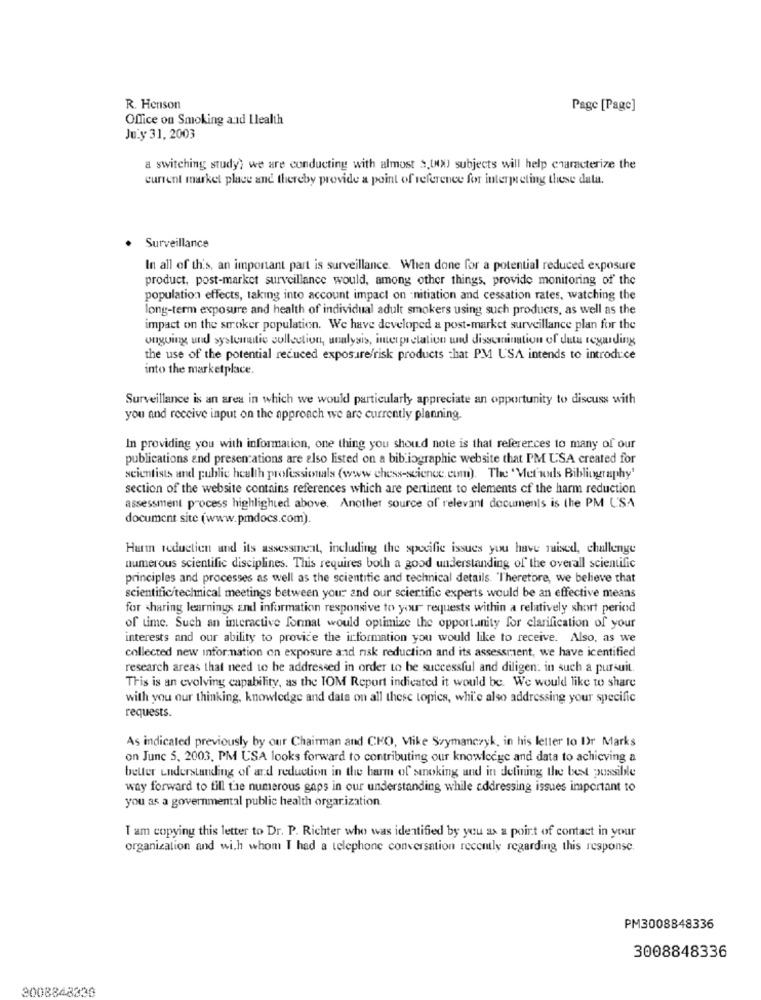
R. Henson
Page [Page]
Office on Smoking and Ilealth
July 31, 2003
a switching study; we are conducting with almost $,(0) subjects will help characterize the
current market place and thereby provide a point of reference for interpreting these data.
Surveillance
In all of th's, an important part is surveillance. When done for a potential reduced exposure
product, post-market surveillance would, among other things, provide monitoring of the
population effects, taking into account impact on :nitiation and cessation rates, watching the
long-term exposure and health of individual adult smokers using such products, as well as the
impact on the smoker population. We have developed a post-market surveillance plan for the
ongoing und systematic collection, analysis, interpretation und dissemination of duta regarding
the use of the potential reduced exposure/risk products that PM USA intends to introduce
into the marketplace.
Surveillance is an area in which we would particularly appreciate an opportunity to discuss with
you and receive input on the approach we are currently planning
In providing you with information, one thing you should note is that references to many of our
publications and presentations are also listed on a bibliographic website that PM USA created for
scientists and public health professionals (www chess-science.com). The 'Mefunds Bibliography'
section of the website contains references which are pertinent to elements of the harm reduction
assessment process highlighted above. Another source of relevant documents is the PM USA
document site (www.pmdocs.com).
Harm reduction and its assessment, including the specific issues you have raised, challenge
numerous scientific disciplines. This requires both a good understanding of the overall scientific
principles and processes as well as the scientific and technical details. "Theretore, we believe that
scientific/technical meetings between your and our scientific experts would be an effective means
for sharing learnings and information responsive to your requests within a relatively short period
of time. Such an interactive format would optimize the opportunity for clarification of your
interests and our ability to provide the information you would like to receive. Also, as we
collected new information on exposure and risk reduction and its assessment, we have icentified
research areas that need to be addressed in order to be successful and diligen. in such a pursuit.
This is an evolving capability, as the TOM Report indicated it would be. We would like to share
with you our thinking, knowledge and data on all these topics, while also addressing your specific
requests.
As indicated previously by our Chairman and CHO, Vlike Szymanczyk, in his letter to Ir Marks
on June 5, 2003, PM USA looks forward to contributing our knowledge and data to achieving a
better understanding of and reduction in the harm of smoking and in defining the best possible
way forward to till the numerous gaps in our understanding while addressing issues important to
you as a governmental public health organization
I am copying this letter to Dr. P. Richter who was identified by you ax a point of contact in your
organization and wich whom I had a telephone conversation recently regarding this response.
PM3008848336
3008848336
3008848330